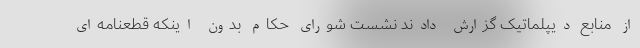
از منابع دیپلماتیک گزارش دادند نشست شورای حکام بدون اینکه قطعنامه‌ای